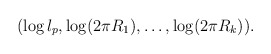
\begin{align*}(\log l_p, \log (2\pi R_1), \dots, \log (2\pi R_k)).\end{align*}